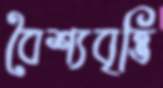
বৈশ্যবৃত্তি